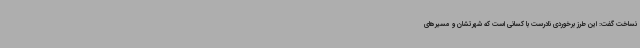
نساخت گفت: این طرز برخوردی نادرست با کسانی است که شهرتشان و مسیرهای